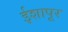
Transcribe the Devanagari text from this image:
ईशापूर